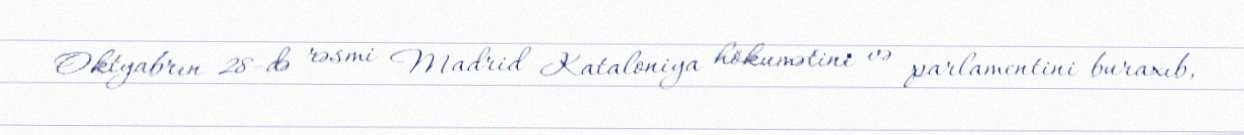
Oktyabrın 28-də rəsmi Madrid Kataloniya hökumətini və parlamentini buraxıb,